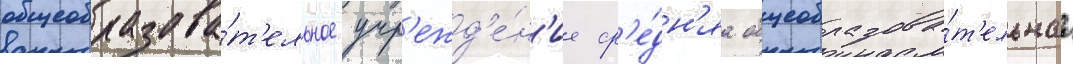
общеобразова́т'ельное учр'ежд'е́н'ие ср'е́дн'яа общеобразова́т'ельнаа